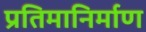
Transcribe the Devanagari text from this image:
प्रतिमानिर्माण